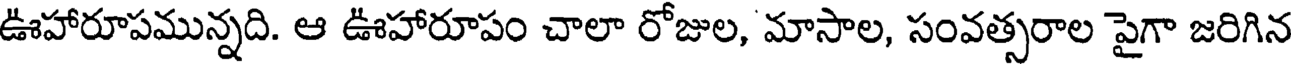
ఊహారూపమున్నది. ఆ ఊహారూపం చాలా రోజుల, మాసాల, సంవత్సరాల పైగా జరిగిన